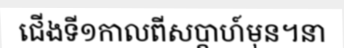
ជើងទី១កាលពីសប្តាហ៍មុន។នា